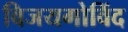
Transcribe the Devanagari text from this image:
विजयगोविंद